Punjab Mental Hospital Lahore 1922-31 - 1922-1931
Year: 1922
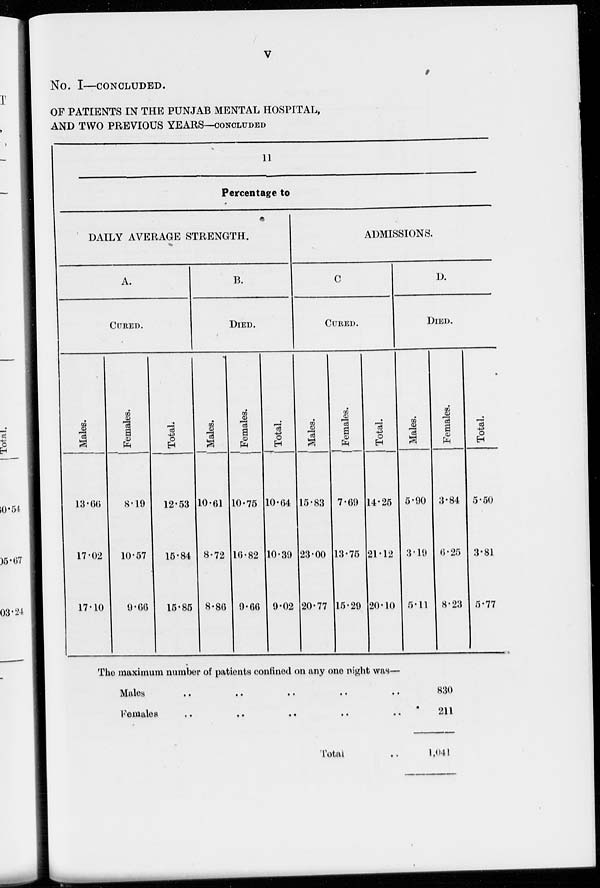
v
No. I—CONCLUDED.
OF PATIENTS IN THE PUNJAB MENTAL HOSPITAL,
AND TWO PREVIOUS YEARS—CONCLUDED
11
Percentage to
DAILY AVERAGE STRENGTH.
A.
CURED.
Males.
13.66
17.02
17.10
Females.
8.19
10.57
9.66
Total.
12.53
15.84
15.85
B.
DIED.
Males.
10.61
8.72
8.86
Females.
10.75
16.82
9.66
Total.
10.64
10.39
9.02
ADMISSIONS.
C
CURED.
Males.
15.83
23.00
20.77
Females.
7.69
13.75
15.29
Total.
14.25
21.12
20.10
D.
DIED.
Males.
5.90
3.19
5.11
Females.
3.84
6.25
8.23
Total.
5.50
3.81
5.77
The maximum number of patients confined on any one night was—
Males .. .. .. .. ..
Females .. .. .. .. ..
Total ..
830
211
1,041